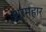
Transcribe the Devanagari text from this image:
श्रमहार